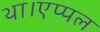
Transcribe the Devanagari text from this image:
था।एप्पल